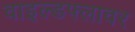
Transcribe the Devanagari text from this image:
वाइल्डफ्लावर